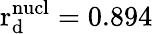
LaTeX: \mathrm{r_{d}^{nucl}}=0.894